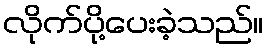
လိုက်ပို့ပေးခဲ့သည်။